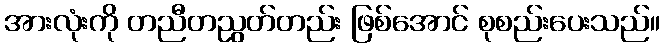
အားလုံးကို တညီတညွတ်တည်း ဖြစ်အောင် စုစည်းပေးသည်။